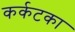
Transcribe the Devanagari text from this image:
कर्कटका